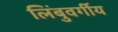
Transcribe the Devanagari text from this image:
लिंबुवर्गीय